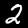
Label: 2